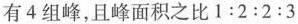
有4组峰，且峰面积之比1:2:2:3